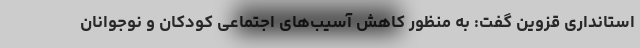
استانداری قزوین گفت: به منظور کاهش آسیب‌های اجتماعی کودکان و نوجوانان